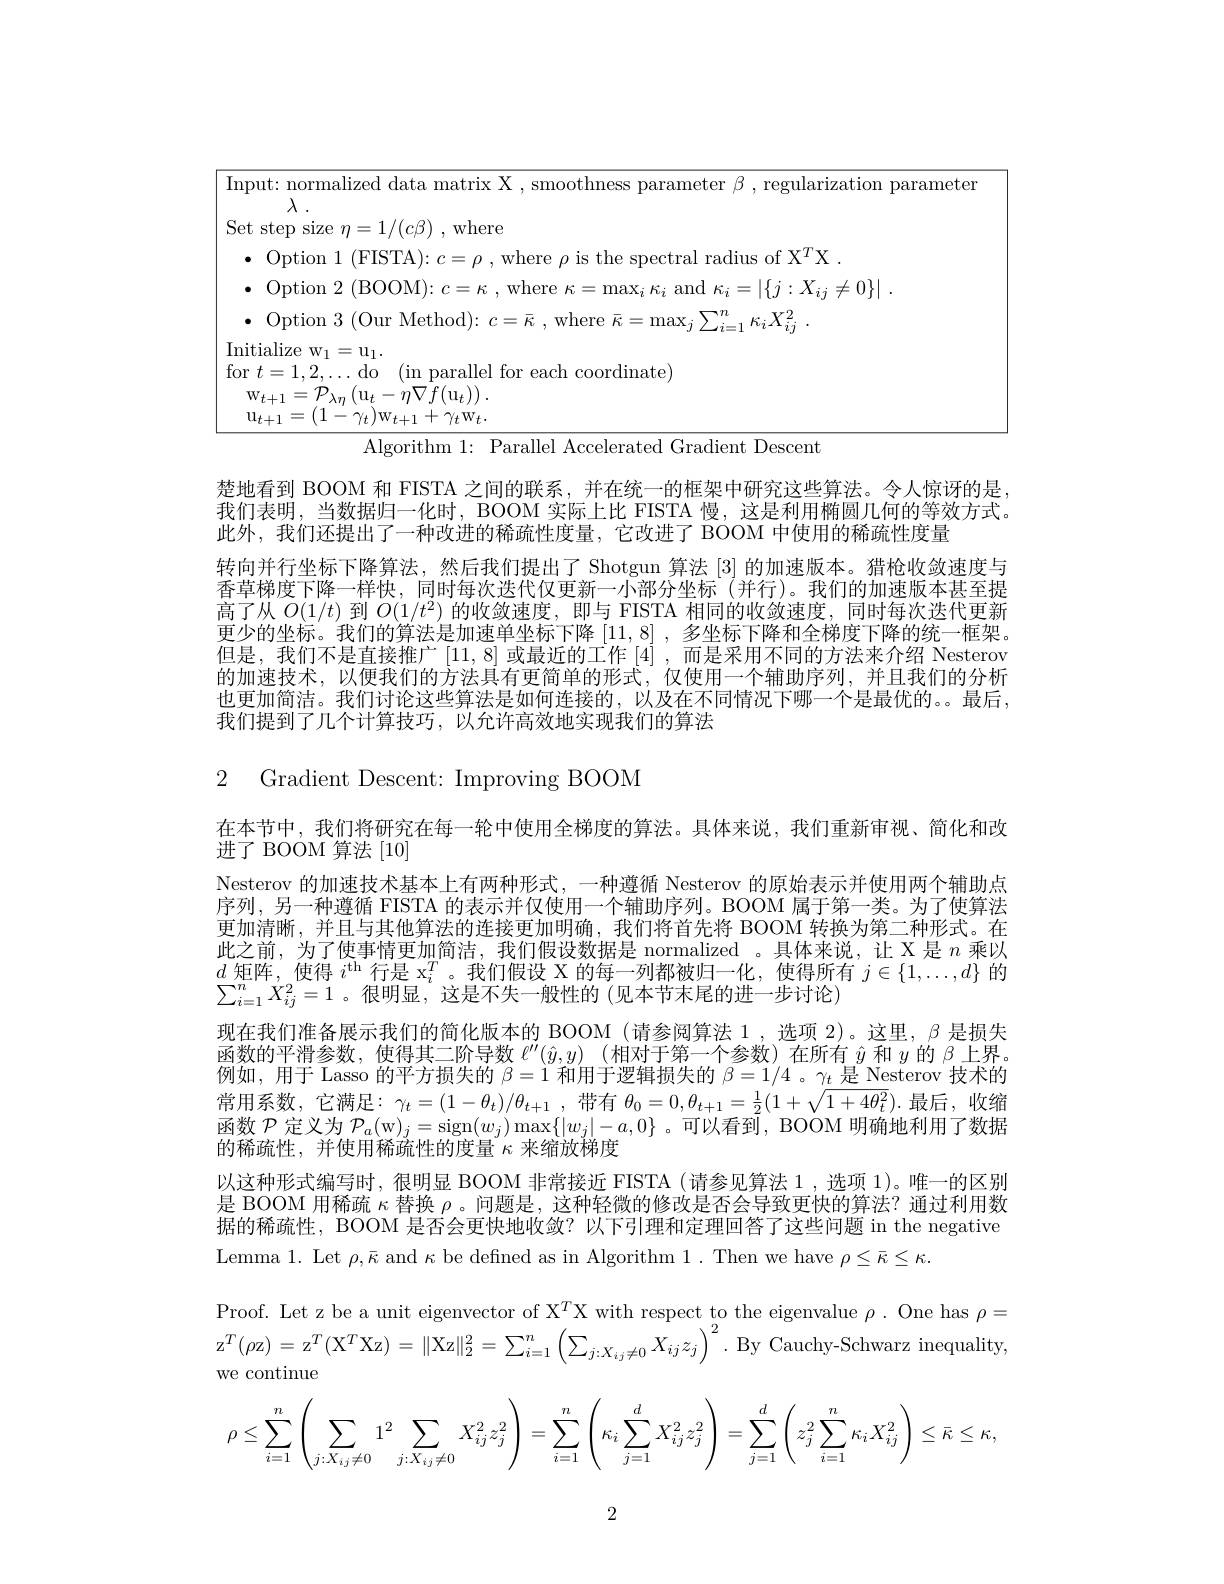
<table>
	<tbody>
		<tr>
			<td>Ir $fo$</td>
			<td>alize $w_{1}$= $u_{1}$ (in parallel for each coordinate)</td>
		</tr>
	</tbody>
</table>

楚地看到 BOOM 和 FISTA 之间的联系，并在统一的框架中研究这些算法。令人惊讶的是我们表明，当数据归一化时，BOOM 实际上比 FISTA 慢，这是利用椭圆几何的等效方式， 此外，我们还提出了一种改进的稀疏性度量，它改进了 BOOM 中使用的稀疏性度量
转向并行坐标下降算法，然后我们提出了 Shotgun 算法 [3] 的加速版本。猎枪收敛速度与香草梯度下降一样快，同时每次迭代仅更新一小部分坐标(并行)。我们的加速版本甚至提高了从$O(1/t)$到$O(1/t^2)$的收敛速度，即与 FISTA 相同的收敛速度，同时每次迭代更新更少的坐标。我们的算法是加速单坐标下降[11,8] ,多坐标下降和全梯度下降的统一框架。但是，我们不是直接推广[11,8] 或最近的工作 [4] ,而是采用不同的方法来介绍 Nesterov 的加速技术，以便我们的方法具有更简单的形式，仅使用一个辅助序列，并且我们的分析也更加简洁。我们讨论这些算法是如何连接的，以及在不同情况下哪一个是最优的。。最后， 我们提到了几个计算技巧，以允许高效地实现我们的算法

2 ${\mathrm{Gradient~Descent: ~Improving~BOOM}}$

在本节中，我们将研究在每一轮中使用全梯度的算法。具体来说，我们重新审视、简化和改
进了 BOOM 算法[10]
Nesterov 的加速技术基本上有两种形式，一种遵循 Nesterov 的原始表示并使用两个辅助点序列，另一种遵循 FISTA 的表示并仅使用一个辅助序列。BOOM 属于第一类。为了使算法更加清晰，并且与其他算法的连接更加明确，我们将首先将 BOOM 转换为第二种形式。在此之前，为了使事情更加简洁，我们假设数据是 normalized 。具体来说，让 X 是$n$乘以$d$矩阵，使得$i^\mathrm{th}$行是 x$_i^T$。我们假设 X 的每一列都被归一化，使得所有$j\in\{1,\ldots,d\}$的$\sum_{i=1}^nX_{ij}^2=1$。很明显，这是不失一般性的(见本节末尾的进一步讨论)
现在我们准备展示我们的简化版本的 BOOM (请参阅算法 1,选项 2)。这里，$\beta$是损失函数的平滑参数，使得其二阶导数$\ell ^{\prime \prime }( \hat{y} , y)$ (相对于第一个参数)在所有$\hat{y}$和$y$的$\beta$上界例如，用于 Lasso 的平方损失的$\beta=1$和用于逻辑损失的$\beta=1/4$ 。$\gamma_t$是 Nesterov 技术的常用系数，它满足：$\gamma_t=(1-\theta_t)/\theta_{t+1}$,带有$\theta_0=0,\theta_{t+1}=\frac12(1+\sqrt{1+4\theta_t^2}).$最后，收缩函数$\mathcal{P}$定义为$\mathcal{P} _a($w$) _j= \operatorname { sign} ( w_j) \max \{ | w_j| - a, 0\}$ 。可以看到，BOOM 明确地利用了数据的稀疏性，并使用稀疏性的度量$\kappa$来缩放梯度
以这种形式编写时，很明显 BOOM 非常接近 FISTA (请参见算法 1,选项 1)。唯一的区别是 BOOM 用稀疏$\kappa$替换$\rho$ 。问题是，这种轻微的修改是否会导致更快的算法？通过利用数据的稀疏性，BOOM 是否会更快地收敛？以下引理和定理回答了这些问题 in the negative Lemma 1. Let $\rho,\bar{\kappa}$ and $\kappa$ be defined as in Algorithm 1. Then we have $\rho\leq\bar{\kappa}\leq\kappa.$
Proof. Let z be a unit eigenvector of X$^T$X with respect to the eigenvalue $\rho.$ One has $\rho=$ $\mathrm{z} ^{T}( \rho$z$) = \mathrm{z} ^T( \mathrm{X} ^{T}$Xz$) = \|$Xz$\| _2^{2}= \sum _{i= 1}^{n}\left ( \sum _{j: X_{ij}\neq 0}X_{ij}z_{j}\right ) ^{2}.$ By Cauchy-Schwarz inequality, we continue
$$\rho\leq\sum_{i=1}^n\left(\sum_{j:X_{ij}\neq0}1^2\sum_{j:X_{ij}\neq0}X_{ij}^2z_j^2\right)=\sum_{i=1}^n\left(\kappa_i\sum_{j=1}^dX_{ij}^2z_j^2\right)=\sum_{j=1}^d\left(z_j^2\sum_{i=1}^n\kappa_iX_{ij}^2\right)\leq\bar{\kappa}\leq\kappa $$
2